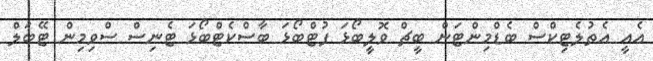
އެއީ އެތުލެޓިކްސް ބެޑްމިންޓަން ބީޗް ވޮލީބޯޅަ ފުޓްބޯޅަ ބާސްކެޓްބޯޅަ ޓެނިސް ސްވިމިން ޓޭބަލް